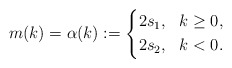
\begin{align*}m(k)=\alpha(k):=\left\{\begin{aligned}&2s_1, &k\geq 0,\\&2s_2, &k< 0.\end{aligned}\right.\end{align*}